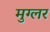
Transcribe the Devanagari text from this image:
मुग्लर